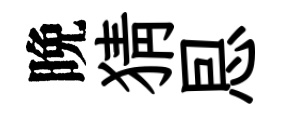
晩猜㤙